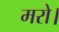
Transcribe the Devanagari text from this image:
मरो।